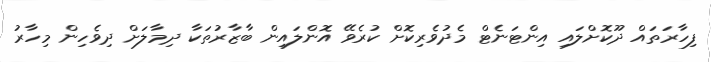
ފިހާރަތައް ދޫކޮށްލައި އިންޓަނެޓް މެދުވެރިކޮށް ކުރެވޭ އޮންލައިން ބާޒާރުތަކާ ދިމާލަށް ދިވެހިން މިހާރު